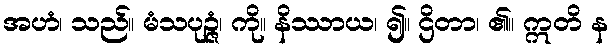
အဟံ၊ သည်။ မံသပုဉ္ဇံ၊ ကို။ နိဿာယ၊ ၍။ ဌိတာ၊ ၏။ ဣတိ န